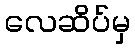
လေဆိပ်မှ